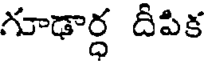
గూఢార్ధ దీపిక